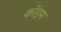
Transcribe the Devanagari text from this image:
कॉइम